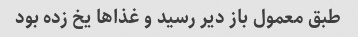
طبق معمول باز دیر رسید و غذا‌ها یخ زده بود